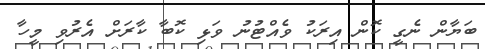
ބަޔާން ނެގީ ކޮން އިރަކު ވެއްޓުނު ވަޅި ކޮބާ ކާރަށް އެރުވި މީހާ